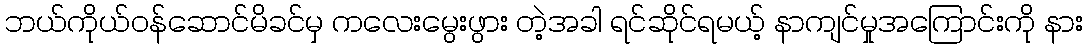
ဘယ်ကိုယ်ဝန်ဆောင်မိခင်မှ ကလေးမွေးဖွား တဲ့အခါ ရင်ဆိုင်ရမယ့် နာကျင်မှုအကြောင်းကို နား